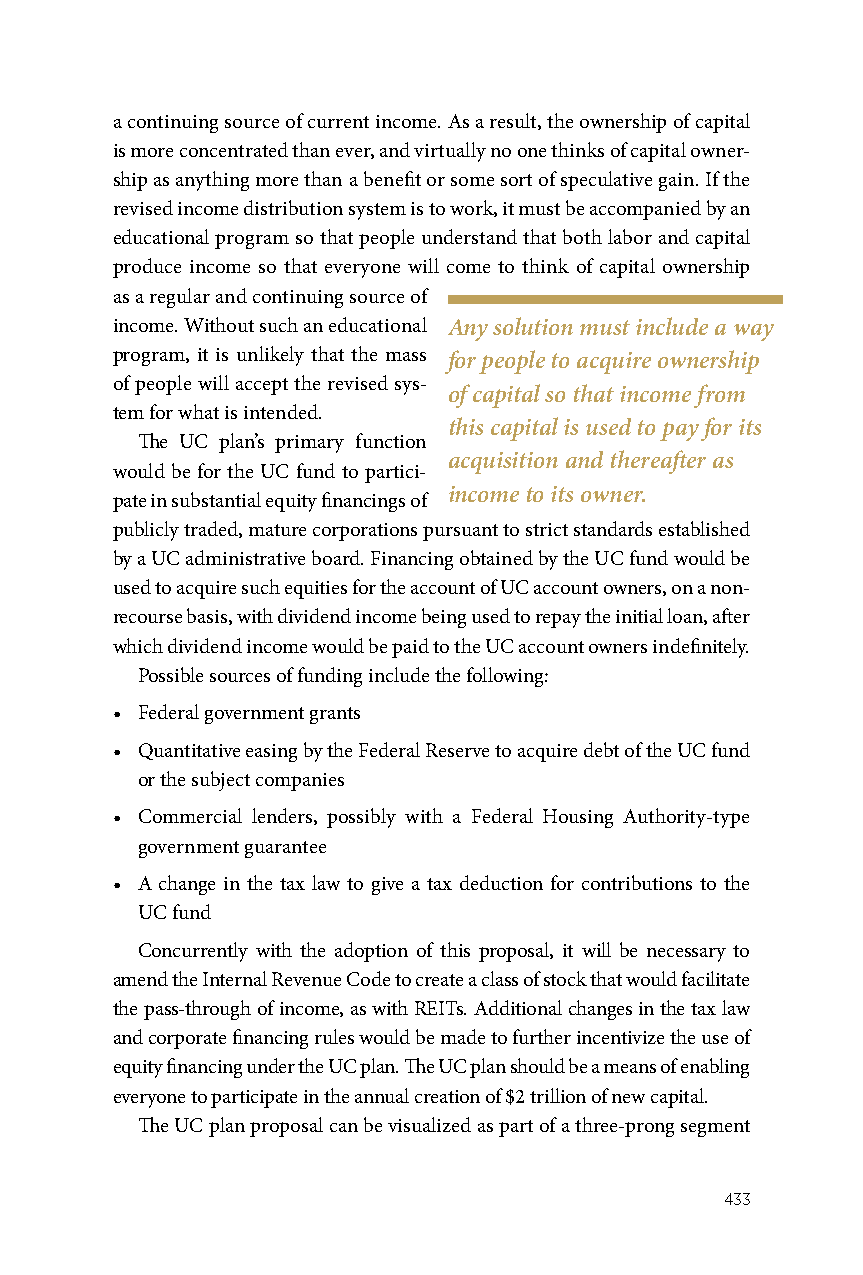
a continuing source of current income. As a result, the ownership of capital
 is more concentrated than ever, and virtually no one thinks of capital owner-
 ship as anything more than a benefit or some sort of speculative gain. If the
 revised income distribution system is to work, it must be accompanied by an
 educational program so that people understand that both labor and capital
 produce income so that everyone will come to think of capital ownership
 as a regular and continuing source of
 income. Without such an educational Any solution must include a way
 program, it is unlikely that the mass for people to acquire ownership
 of people will accept the revised sys-
 of capital so that income from
 tem for what is intended.
 this capital is used to pay for its
 The UC plan’s primary function
 acquisition and thereafter as
 would be for the UC fund to partici-
 income to its owner.
 pate in substantial equity financings of
 publicly traded, mature corporations pursuant to strict standards established
 by a UC administrative board. Financing obtained by the UC fund would be
 used to acquire such equities for the account of UC account owners, on a non-
 recourse basis, with dividend income being used to repay the initial loan, after
 which dividend income would be paid to the UC account owners indefinitely.
 Possible sources of funding include the following:
 • Federal government grants
 • Quantitative easing by the Federal Reserve to acquire debt of the UC fund
 or the subject companies
 • Commercial lenders, possibly with a Federal Housing Authority-type
 government guarantee
 • A change in the tax law to give a tax deduction for contributions to the
 UC fund
 Concurrently with the adoption of this proposal, it will be necessary to
 amend the Internal Revenue Code to create a class of stock that would facilitate
 the pass-through of income, as with REITs. Additional changes in the tax law
 and corporate financing rules would be made to further incentivize the use of
 equity financing under the UC plan. The UC plan should be a means of enabling
 everyone to participate in the annual creation of $2 trillion of new capital.
 The UC plan proposal can be visualized as part of a three-prong segment
 433